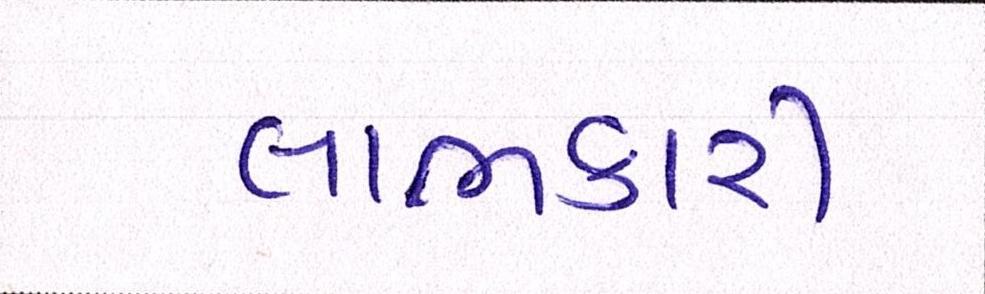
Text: લાભકારી